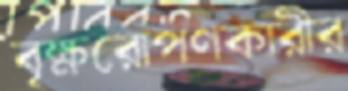
বৃক্ষরোপণকারীর